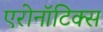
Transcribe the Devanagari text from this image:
एरोनॉटिक्‍स